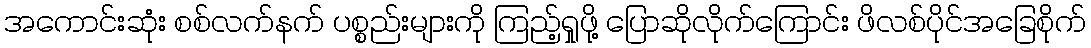
အကောင်းဆုံး စစ်လက်နက် ပစ္စည်းများကို ကြည့်ရှုဖို့ ပြောဆိုလိုက်ကြောင်း ဖိလစ်ပိုင်အခြေစိုက်